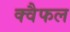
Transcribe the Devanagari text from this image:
क्वैफल